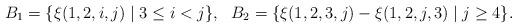
LaTeX: \begin{align*} B_1=\{\xi(1, 2, i, j) \mid 3 \le i < j\}, ~~ B_2=\{\xi(1, 2, 3, j) - \xi(1, 2, j, 3) \mid j \ge 4\}.\end{align*}